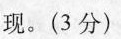
现。( 3 分 )